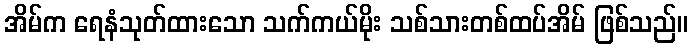
အိမ်က ရေနံသုတ်ထားသော သက်ကယ်မိုး သစ်သားတစ်ထပ်အိမ် ဖြစ်သည်။